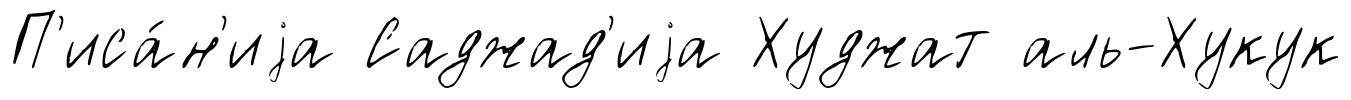
П'иса́н'иjа Саджад'иjа Худжат аль-Хукук